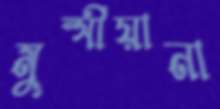
মুন্সীয়ানা